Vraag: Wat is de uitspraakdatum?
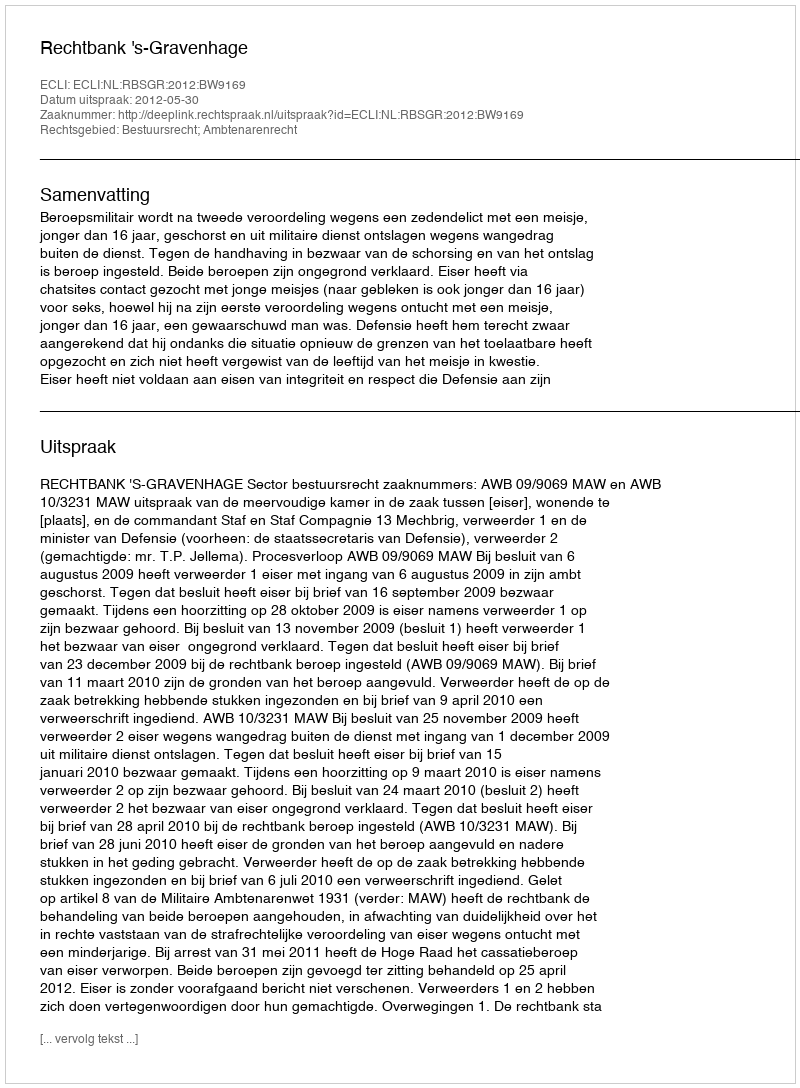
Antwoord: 2012-05-30